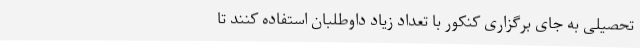
تحصیلی به جای برگزاری کنکور با تعداد زیاد داوطلبان استفاده کنند تا